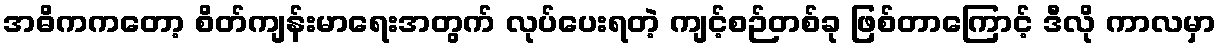
အဓိကကတော့ စိတ်ကျန်းမာရေးအတွက် လုပ်ပေးရတဲ့ ကျင့်စဉ်တစ်ခု ဖြစ်တာကြောင့် ဒီလို ကာလမှာ